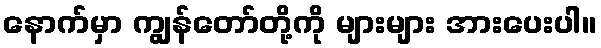
နောက်မှာ ကျွန်တော်တို့ကို များများ အားပေးပါ။